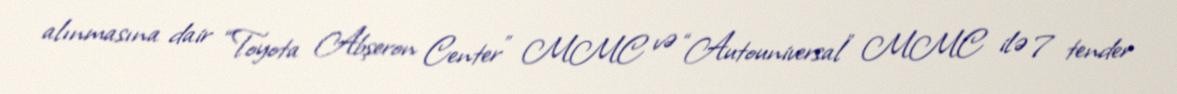
alınmasına dair “Toyota Abşeron Center” MMC və “Autouniversal” MMC ilə 7 tender